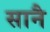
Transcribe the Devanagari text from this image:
सानै